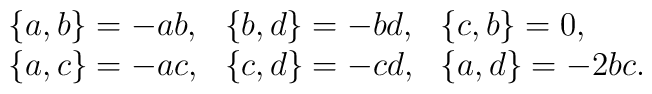
\begin{array}{lll}\{a,b\}=-ab, & \{b,d\}=-bd, &  \{c,b\}=0, \\\{a,c\}=-ac, & \{c,d\}=-cd, &  \{a,d\}=-2bc.\end{array}